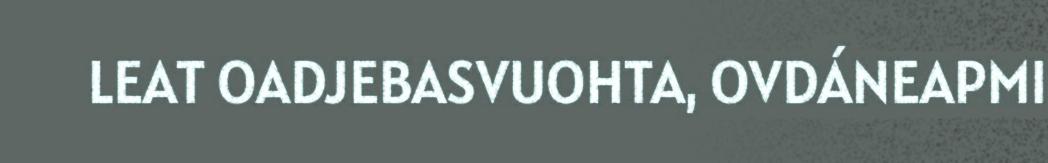
LEAT OADJEBASVUOHTA, OVDÁNEAPMI